Calcutta medical institutions reports 1879-81 [i.e.91]
Year: 1879
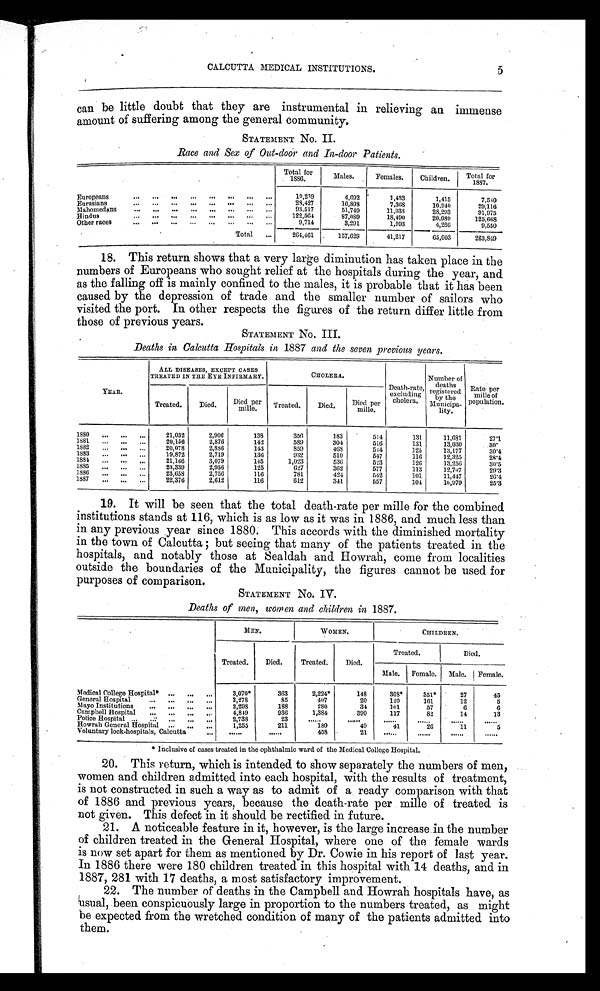
CALCUTTA MEDICAL INSTITUTIONS.
5
can be little doubt that they are instrumental in relieving an immense
amount of suffering among the general community.
STATEMENT No. II.
Race and Sex of Out-door and In-door Patients.
Total for
1886.
Males.
Females.
Children.
Total for
1887.
Europeans
10,239
4,692
1,433
1,415
7,540
Eurasians
28,427
10,808
7,318
10.940
29,116
Mahomedan
93,517
51,749
11,933
28,293
91,075
Hindus
122,564
87,089
18,490
20,084
125,668
Other races
9,714
3,291
1,993
4,260
9,550
Total
...
264,461
157,629
41,217
65,003
263,849
18. This return shows that a very large diminution has taken place in the
numbers of Europeans who sought relief at the hospitals during the year, and
as the falling off is mainly confined to the males, it is probable that it has been
caused by the depression of trade and the smaller number of sailors who
visited the port. In other respects the figures of the return differ little from
those of previous years.
STATEMENT No. III.
Deaths in Calcutta Hospitals in 1887 and the seven previous years.
YEAR.
ALL DISEASES, EXCEPT CASES
TREATED IN THE EYE INFIRMARY.
CHOLERA.
Death-rate,
excluding
cholera .
Number of
deaths
registered
by the
Munisia-
l i t y.
Rate per
mille of
Popul at i on.
Treated.
Died.
Died per
mille.
Treated.
Died.
Died per
mille.
1880
...
...
...
21,032
2,906
138
358
183
514
131
11,681
27.1
1881
...
...
...
20,156
2,876
142
589
304
516
131
13,030
3 0 .
1882
...
...
...
20,078
2,886
143
S59
468
544
125
13,177
30.4
1883
...
...
...
19,872
2,719
136
932
510
547
116
12,325
2 8 . 4
1884
..,
„.
...
21,166
3,079
145
1,023
536
523
126
13,256
30.5
1885
.
...
23,339
2,936
125
627
362
577
113
12,707
29.3
1886
23,658
2,756
116
781
424
542
101
11,447
26.4
1887...
...
...
22,376
2,612
116
612
341
557
104
10,979
25.3
19. It will be seen that the total death-rate per mille for the combined
institutions stands at 116, which is as low as it was in 1886, and much less than
in any previous year since 1880. This accords with the diminished mortality
in the town of Calcutta but seeing that many of the patients treated in the
hospitals, and notably those at Sealdah and Howrah, come from localities
outside the boundaries of the Municipality, the figures cannot be used for
purposes of comparison.
STATEMENT No. IV.
Deaths of men, women and children in 1887.
MEN.
WOMEN.
CHILDREN.
Treated.
Died.
Treated.
Died.
Treated.
Died.
Male.
Female.
Male. Female.
Medical College Hospital*
3,070*
363
2,224*
148
308*
351*
27
45
General Hospital
2,278
85
407
20
120
161
12
5
Mayo Institutions
...
...
...
2,298
188
284
34
101
57
6
6
Campbell Hospital....
...
...
4,849
936
1,384
390
117
82
1.4
13
Police Hospital ...
...
...
...
...
2,738
23
Howrah General Hospital..
...
...
1,255
211
180
49
41
26
11
5
Voluntary lock-hospitals, Calcutta
...
......
458
21
* Inclusive of cases treated in the ophthalmic ward of the Medical College Hospital.
20. This return, which is intended to show separately the numbers of men,
women and children admitted into each hospital, with the results of treatment,
is not constructed in such a way as to admit of a ready comparison with that
of 1886 and previous years, because the death-rate per mille of treated is
not given. This defect in it should be rectified in future.
21. A noticeable feature in it, however, is the large increase in the number
of children treated in the General Hospital, where one of the female wards
is now set apart for them as mentioned by Dr. Cowie in his report of last year.
In 1886 there were 180 children treated in this hospital with 14 deaths, and in
1887, 281 with 17 deaths, a most satisfactory improvement.
22. The number of deaths in the Campbell and Howrah hospitals have, as
u s u a l , b e e n c o n s p i c u o u s l y l a r g e i n p r o p o r t i o n t o t h e n u m b e r s t r e a t e d , a s m i g h t
be expected from the wretched condition of many of the patients admitted into
them.